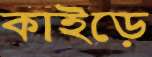
কাইড়ে